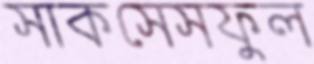
সাকসেসফুল